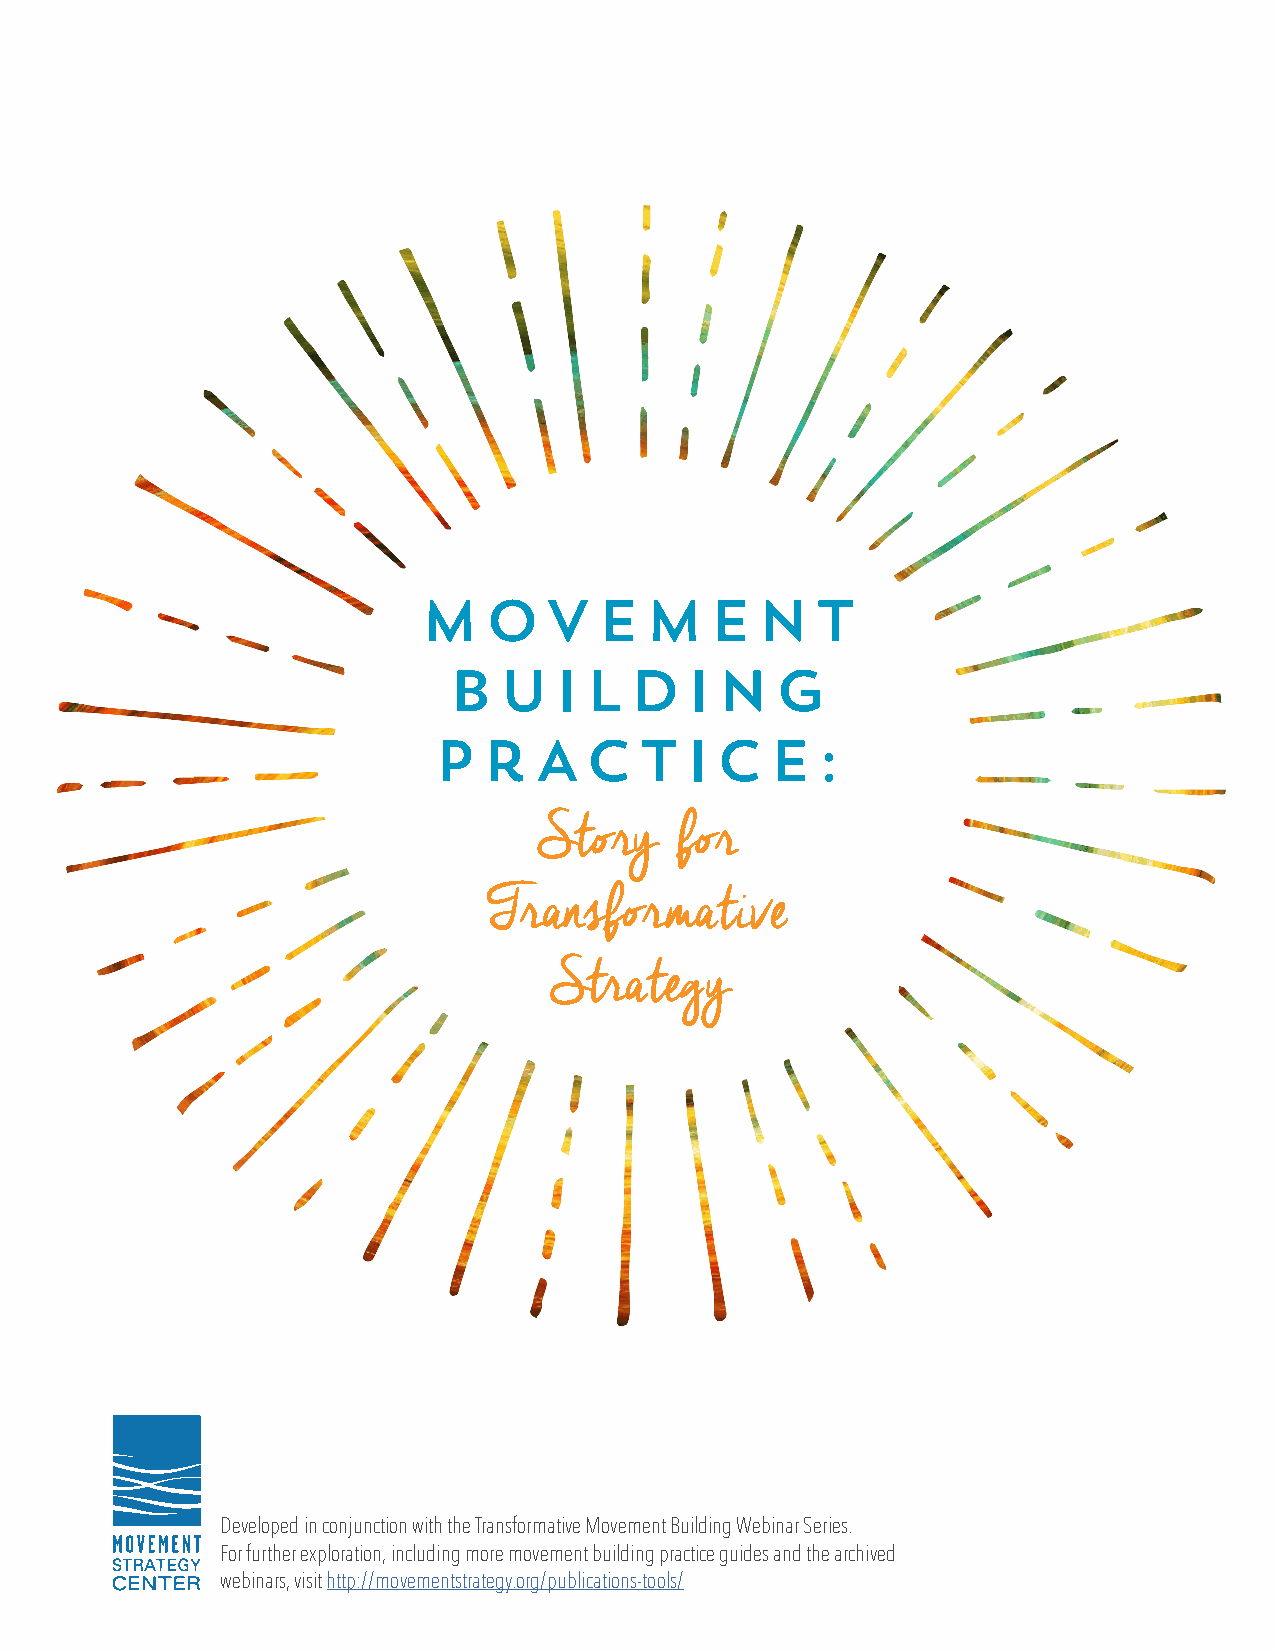
MOVEMENT
 BUILDING
 PrACTICE:
 Story    for
 Transformative
 Strategy
 Developed in conjunction with the Transformative Movement Building Webinar Series.
 For further exploration, including more movement building practice guides and the archived
 webinars, visit http://movementstrategy.org/publications-tools/